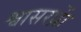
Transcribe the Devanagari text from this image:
श्वासरध्राें